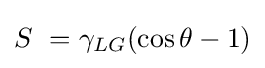
S\ =\gamma _{LG}(\cos \theta -1)